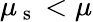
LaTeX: \mu_{\mathrm{~s~}}<\mu